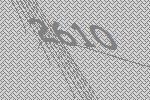
2610